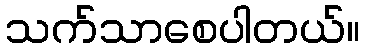
သက်သာစေပါတယ်။